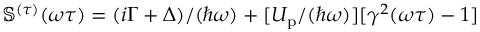
\mathbb { S } ^ { ( \tau ) } ( \omega \tau ) = ( i \Gamma + \Delta ) / ( \hbar \omega ) + [ U _ { \mathrm { p } } / ( \hbar \omega ) ] [ \gamma ^ { 2 } ( \omega \tau ) - 1 ]